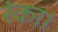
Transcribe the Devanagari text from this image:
रंका।